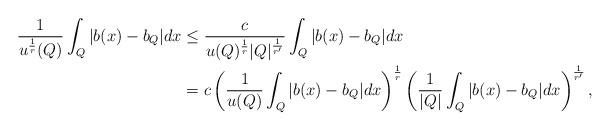
LaTeX: \begin{align*}\frac{1}{u^{\frac{1}{r}}(Q)}\int_{Q}|b(x)-b_{Q}|dx & \leq\frac{c}{u(Q)^{\frac{1}{r}}|Q|^{\frac{1}{r'}}}\int_{Q}|b(x)-b_{Q}|dx\\ & =c\left(\frac{1}{u(Q)}\int_{Q}|b(x)-b_{Q}|dx\right)^{\frac{1}{r}}\left(\frac{1}{|Q|}\int_{Q}|b(x)-b_{Q}|dx\right)^{\frac{1}{r'}},\end{align*}